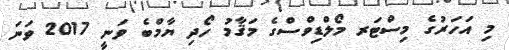
މި އަހަރުގެ މިސްޓަރ މޯލްޑިވްސްގެ މަޤާމު ހޯދި ޔާމްބެ ވަނީ 2017 ވަނަ